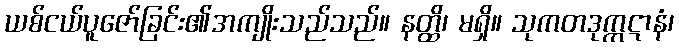
ယစ်ငယ်ပူဇော်ခြင်း၏အကျိုးသည်သည်။ နတ္ထိ၊ မရှိ။ သုကတဒုက္ကဋာနံ၊